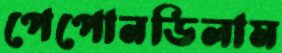
পেপোনডিলাম